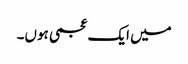
میں ایک عجمی ہوں۔